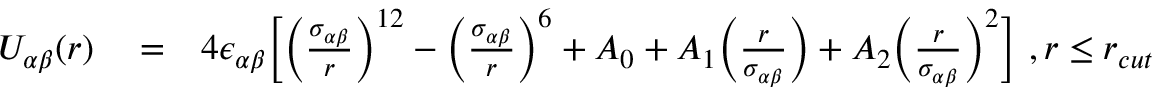
\begin{array} { r l r } { U _ { \alpha \beta } ( r ) } & { { } = } & { 4 \epsilon _ { \alpha \beta } \Big [ \Big ( \frac { \sigma _ { \alpha \beta } } { r } \Big ) ^ { 1 2 } - \Big ( \frac { \sigma _ { \alpha \beta } } { r } \Big ) ^ { 6 } + A _ { 0 } + A _ { 1 } \Big ( \frac { r } { \sigma _ { \alpha \beta } } \Big ) + A _ { 2 } \Big ( \frac { r } { \sigma _ { \alpha \beta } } \Big ) ^ { 2 } \Big ] \ , r \le r _ { c u t } } \end{array}